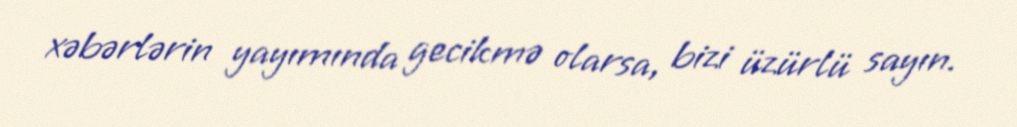
xəbərlərin yayımında gecikmə olarsa, bizi üzürlü sayın.